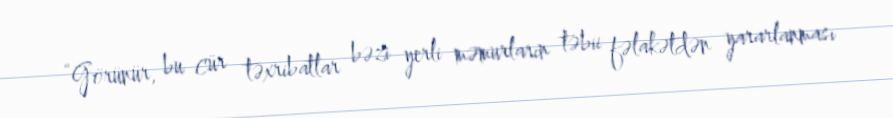
“Görünür, bu cür təxribatlar bəzi yerli məmurların təbii fəlakətdən yararlanması